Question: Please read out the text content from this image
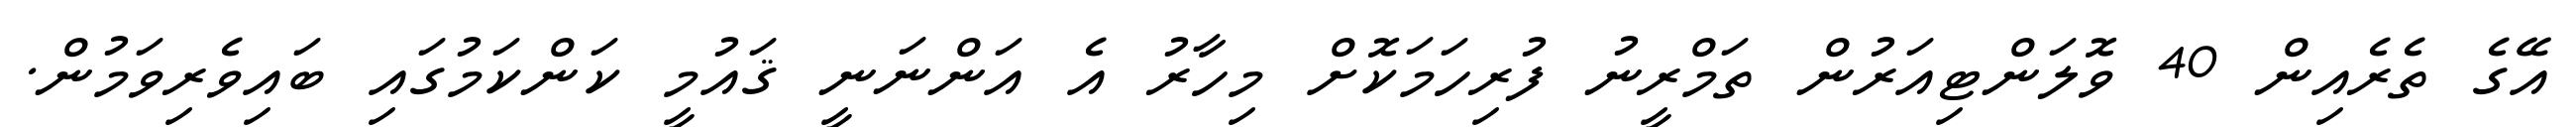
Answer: އޭގެ ތެރެއިން 40 ވޮލަންޓިއަރުން ތަމްރީނު ފުރިހަމަކޮށް މިހާރު އެ އަންނަނީ ޤައުމީ ކަންކަމުގައި ބައިވެރިވަމުން.